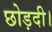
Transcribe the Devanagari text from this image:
छोड़दी।